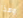
وهذا